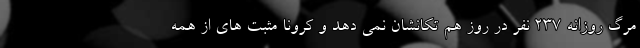
مرگ روزانه ۲۳۷ نفر در روز هم تکانشان نمی دهد و کرونا مثبت های از همه